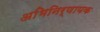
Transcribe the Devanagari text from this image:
अभिनिर्णायक